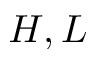
H , L